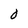
Character: 0